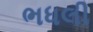
ભધલી